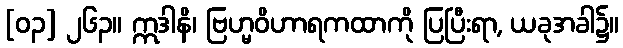
[၀၃] ၂၆၃။ ဣဒါနိ၊ ဗြဟ္မဝိဟာရကထာကို ပြပြီးရာ, ယခုအခါ၌။